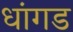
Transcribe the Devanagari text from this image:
धांगड